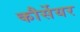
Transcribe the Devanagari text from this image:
कौर्सेयर